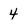
Character: 4